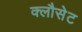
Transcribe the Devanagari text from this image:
क्लौसेट